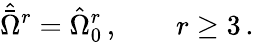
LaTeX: {\hat{\bar{\Omega}}}^{r}={\hat{\Omega}}_{0}^{r}\, ,\qquad r\geq 3\, .